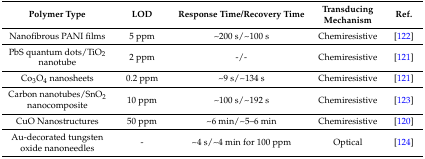
<table><thead><tr><td><b>Polymer Type</b></td><td><b>LOD</b></td><td><b>Response Time/Recovery Time</b></td><td><b>Transducing Mechanism</b></td><td><b>Ref.</b></td></tr></thead><tbody><tr><td>Nanofibrous PANI films</td><td>5 ppm</td><td>~200 s/~100 s</td><td>Chemiresistive</td><td>[122]</td></tr><tr><td>PbS quantum dots/TiO<sub>2</sub> nanotube</td><td>2 ppm</td><td>-/-</td><td>Chemiresistive</td><td>[121]</td></tr><tr><td>Co<sub>3</sub>O<sub>4</sub> nanosheets</td><td>0.2 ppm</td><td>~9 s/~134 s</td><td>Chemiresistive</td><td>[121]</td></tr><tr><td>Carbon nanotubes/SnO<sub>2</sub> nanocomposite</td><td>10 ppm</td><td>~100 s/~192 s</td><td>Chemiresistive</td><td>[123]</td></tr><tr><td>CuO Nanostructures</td><td>50 ppm</td><td>~6 min/~5–6 min</td><td>Chemiresistive</td><td>[120]</td></tr><tr><td>Au-decorated tungsten oxide nanoneedles</td><td>-</td><td>~4 s/~4 min for 100 ppm</td><td>Optical</td><td>[124]</td></tr></tbody></table>